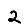
Digit: 2